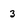
Character: 3